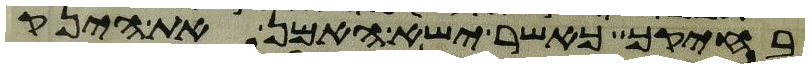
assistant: בחיקך כאשר ישא האמן את הינק